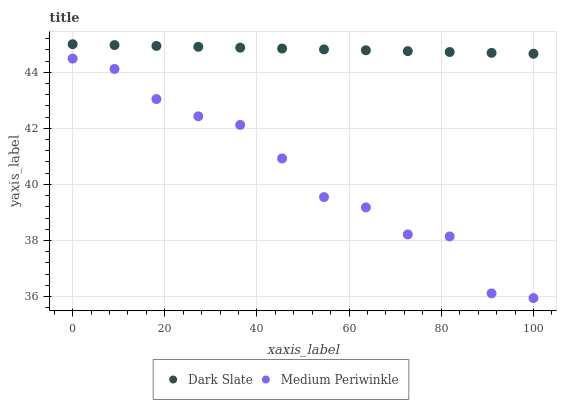
| xaxis_label | Dark Slate | Medium Periwinkle |
 | --- | --- | --- |
 | 0 | 45 | 44.5 |
 | 9.09 | 45 | 44.1 |
 | 18.2 | 44.9 | 43 |
 | 27.3 | 44.9 | 42.4 |
 | 36.4 | 44.9 | 42.1 |
 | 45.5 | 44.8 | 40.9 |
 | 54.5 | 44.8 | 39.5 |
 | 63.6 | 44.8 | 39.2 |
 | 72.7 | 44.8 | 38.2 |
 | 81.8 | 44.7 | 38.1 |
 | 90.9 | 44.7 | 36.1 |
 | 100 | 44.7 | 35.9 |